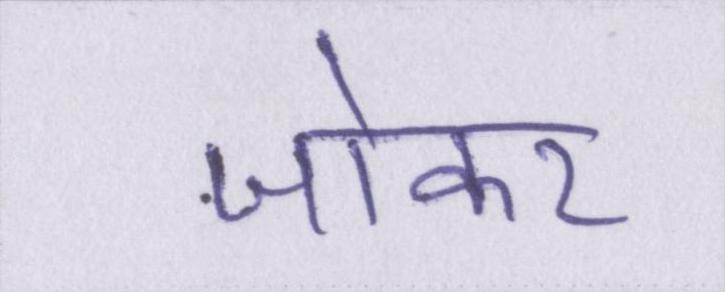
जोकर